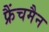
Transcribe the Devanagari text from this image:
फ्रैंचमैन